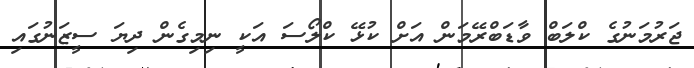
ޖަރުމަނުގެ ކްލަބް ވާޑަބްރޭމަން އަށް ކުޅޭ ކްލޯސަ އަކީ ނިމިގެން ދިޔަ ސީޒަނުގައި